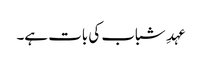
عہدِ شباب کی بات ہے۔